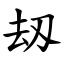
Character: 刼